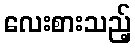
လေးစားသည့်